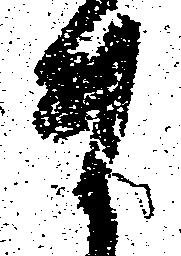
ま